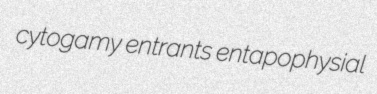
cytogamy entrants entapophysial